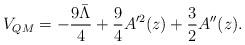
LaTeX: \begin{align*}V_{QM} = -\frac{9 \bar\Lambda}{4} +\frac{9}{4} A^{\prime 2}(z) + \frac{3}{2} A^{\prime \prime}(z).\end{align*}